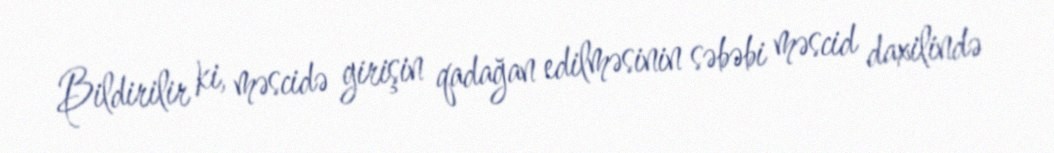
Bildirilir ki, məscidə girişin qadağan edilməsinin səbəbi məscid daxilində